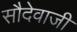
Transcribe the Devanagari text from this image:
सौदेवाजी